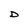
Character: D